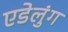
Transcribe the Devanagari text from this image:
एडेलुंग